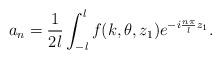
LaTeX: \begin{align*}a_n = \frac{1}{2 l} \int_{-l}^{l} f(k, \theta, z_1) e^{-i \frac{n\pi}{l} z_1}.\end{align*}